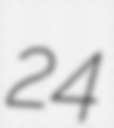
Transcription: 24